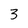
Character: 3